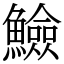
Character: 䲓